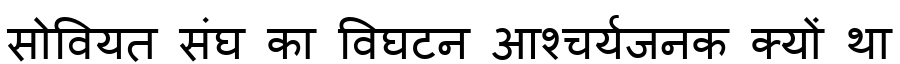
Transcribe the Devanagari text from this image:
सोवियत संघ का विघटन आश्चर्यजनक क्यों था